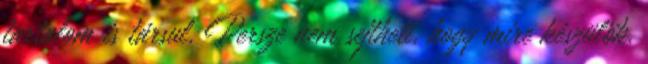
tartalom is társul. Persze nem sejtheti, hogy mire készülök.